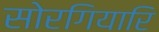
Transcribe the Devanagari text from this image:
सोरगियारि